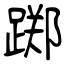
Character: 踯